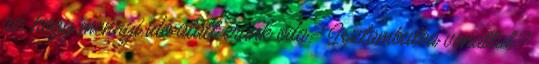
az, hogy mennyi idó alatt érünk oda? Isztambulba vonattal?